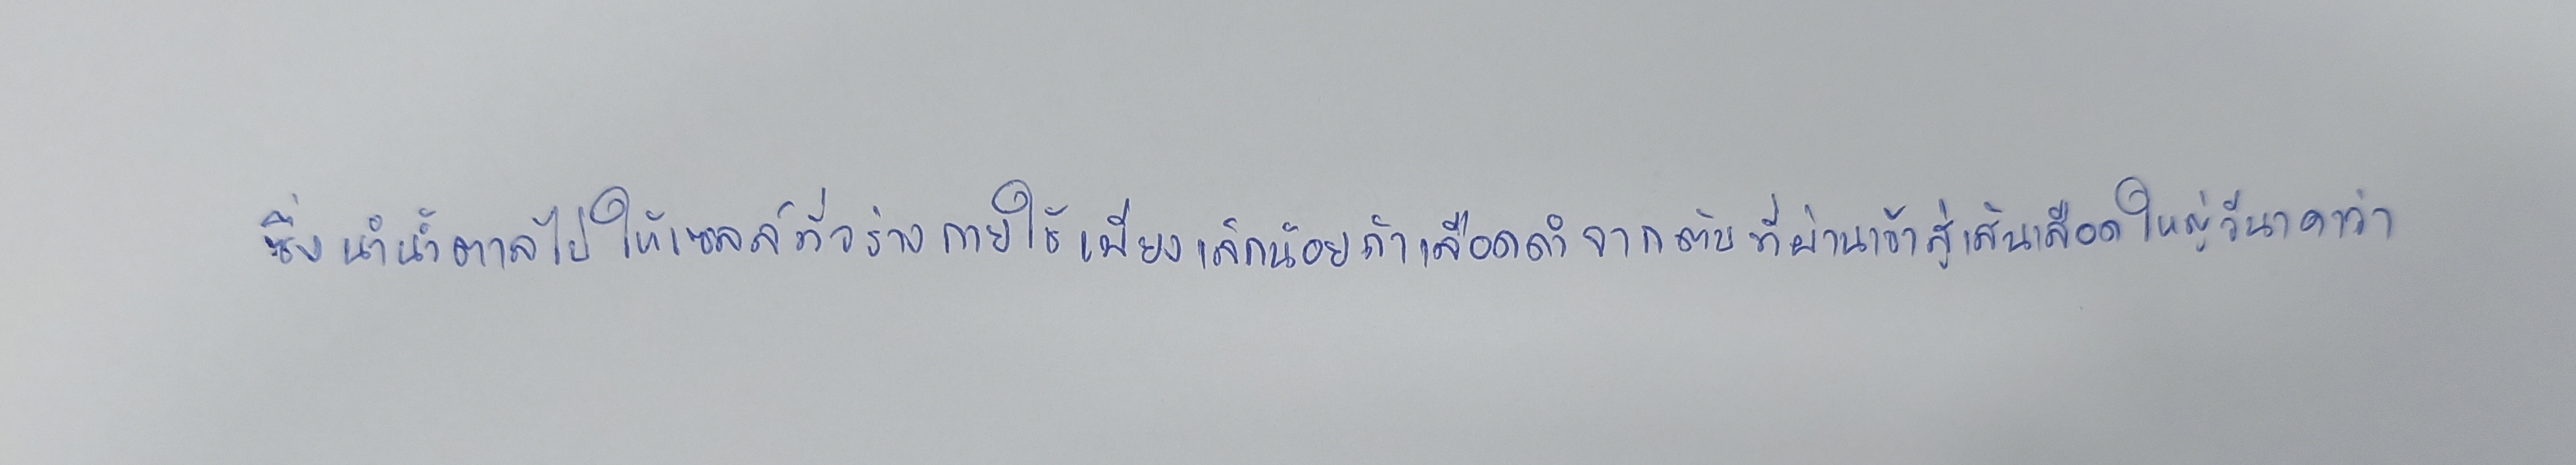
ซึ่งนำน้ำตาลไปให้เซลล์ทั่วร่างกายใช้เพียงเล็กน้อยถ้าเลือดดำจากตับที่ผ่านเข้าสู่เส้นเลือดดำใหญ่วีนาคาวา